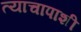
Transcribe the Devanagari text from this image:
त्याचापाशी